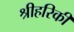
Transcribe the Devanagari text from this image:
श्रीहरिकी